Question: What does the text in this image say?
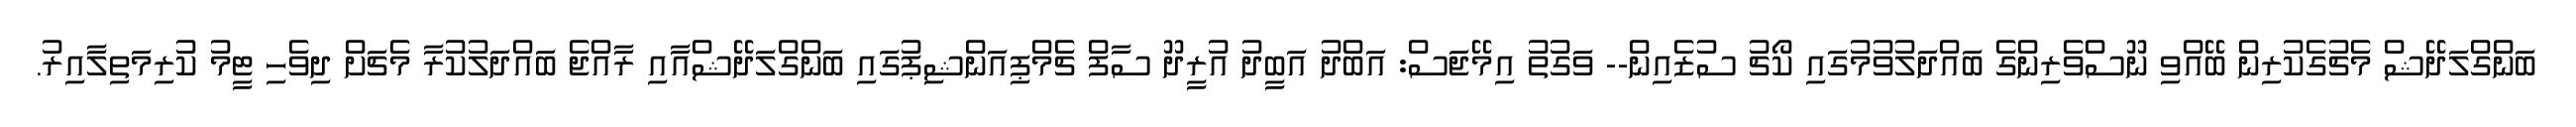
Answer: ބަންގްލަދޭޝް މެޗުގެކުރިން ބޭއްވި ނޫސްވެރިންގެ ބައްދަލުވުމުގައި ކޯޗު ސުޒެއިން-- ވަގުތު އިމޭޖަސް: އަބްދު އަބީދު އުރީދޫ ސާފް ޗެމްޕިއަންޝިޕުގައި ބަންގްލަދޭޝްއާއި ރާއްޖެ ބައްދަލުކުރާ މެޗަށް ދިވެހި ޓީމު ކުރިމަތިލާއިރު.